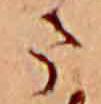
ま